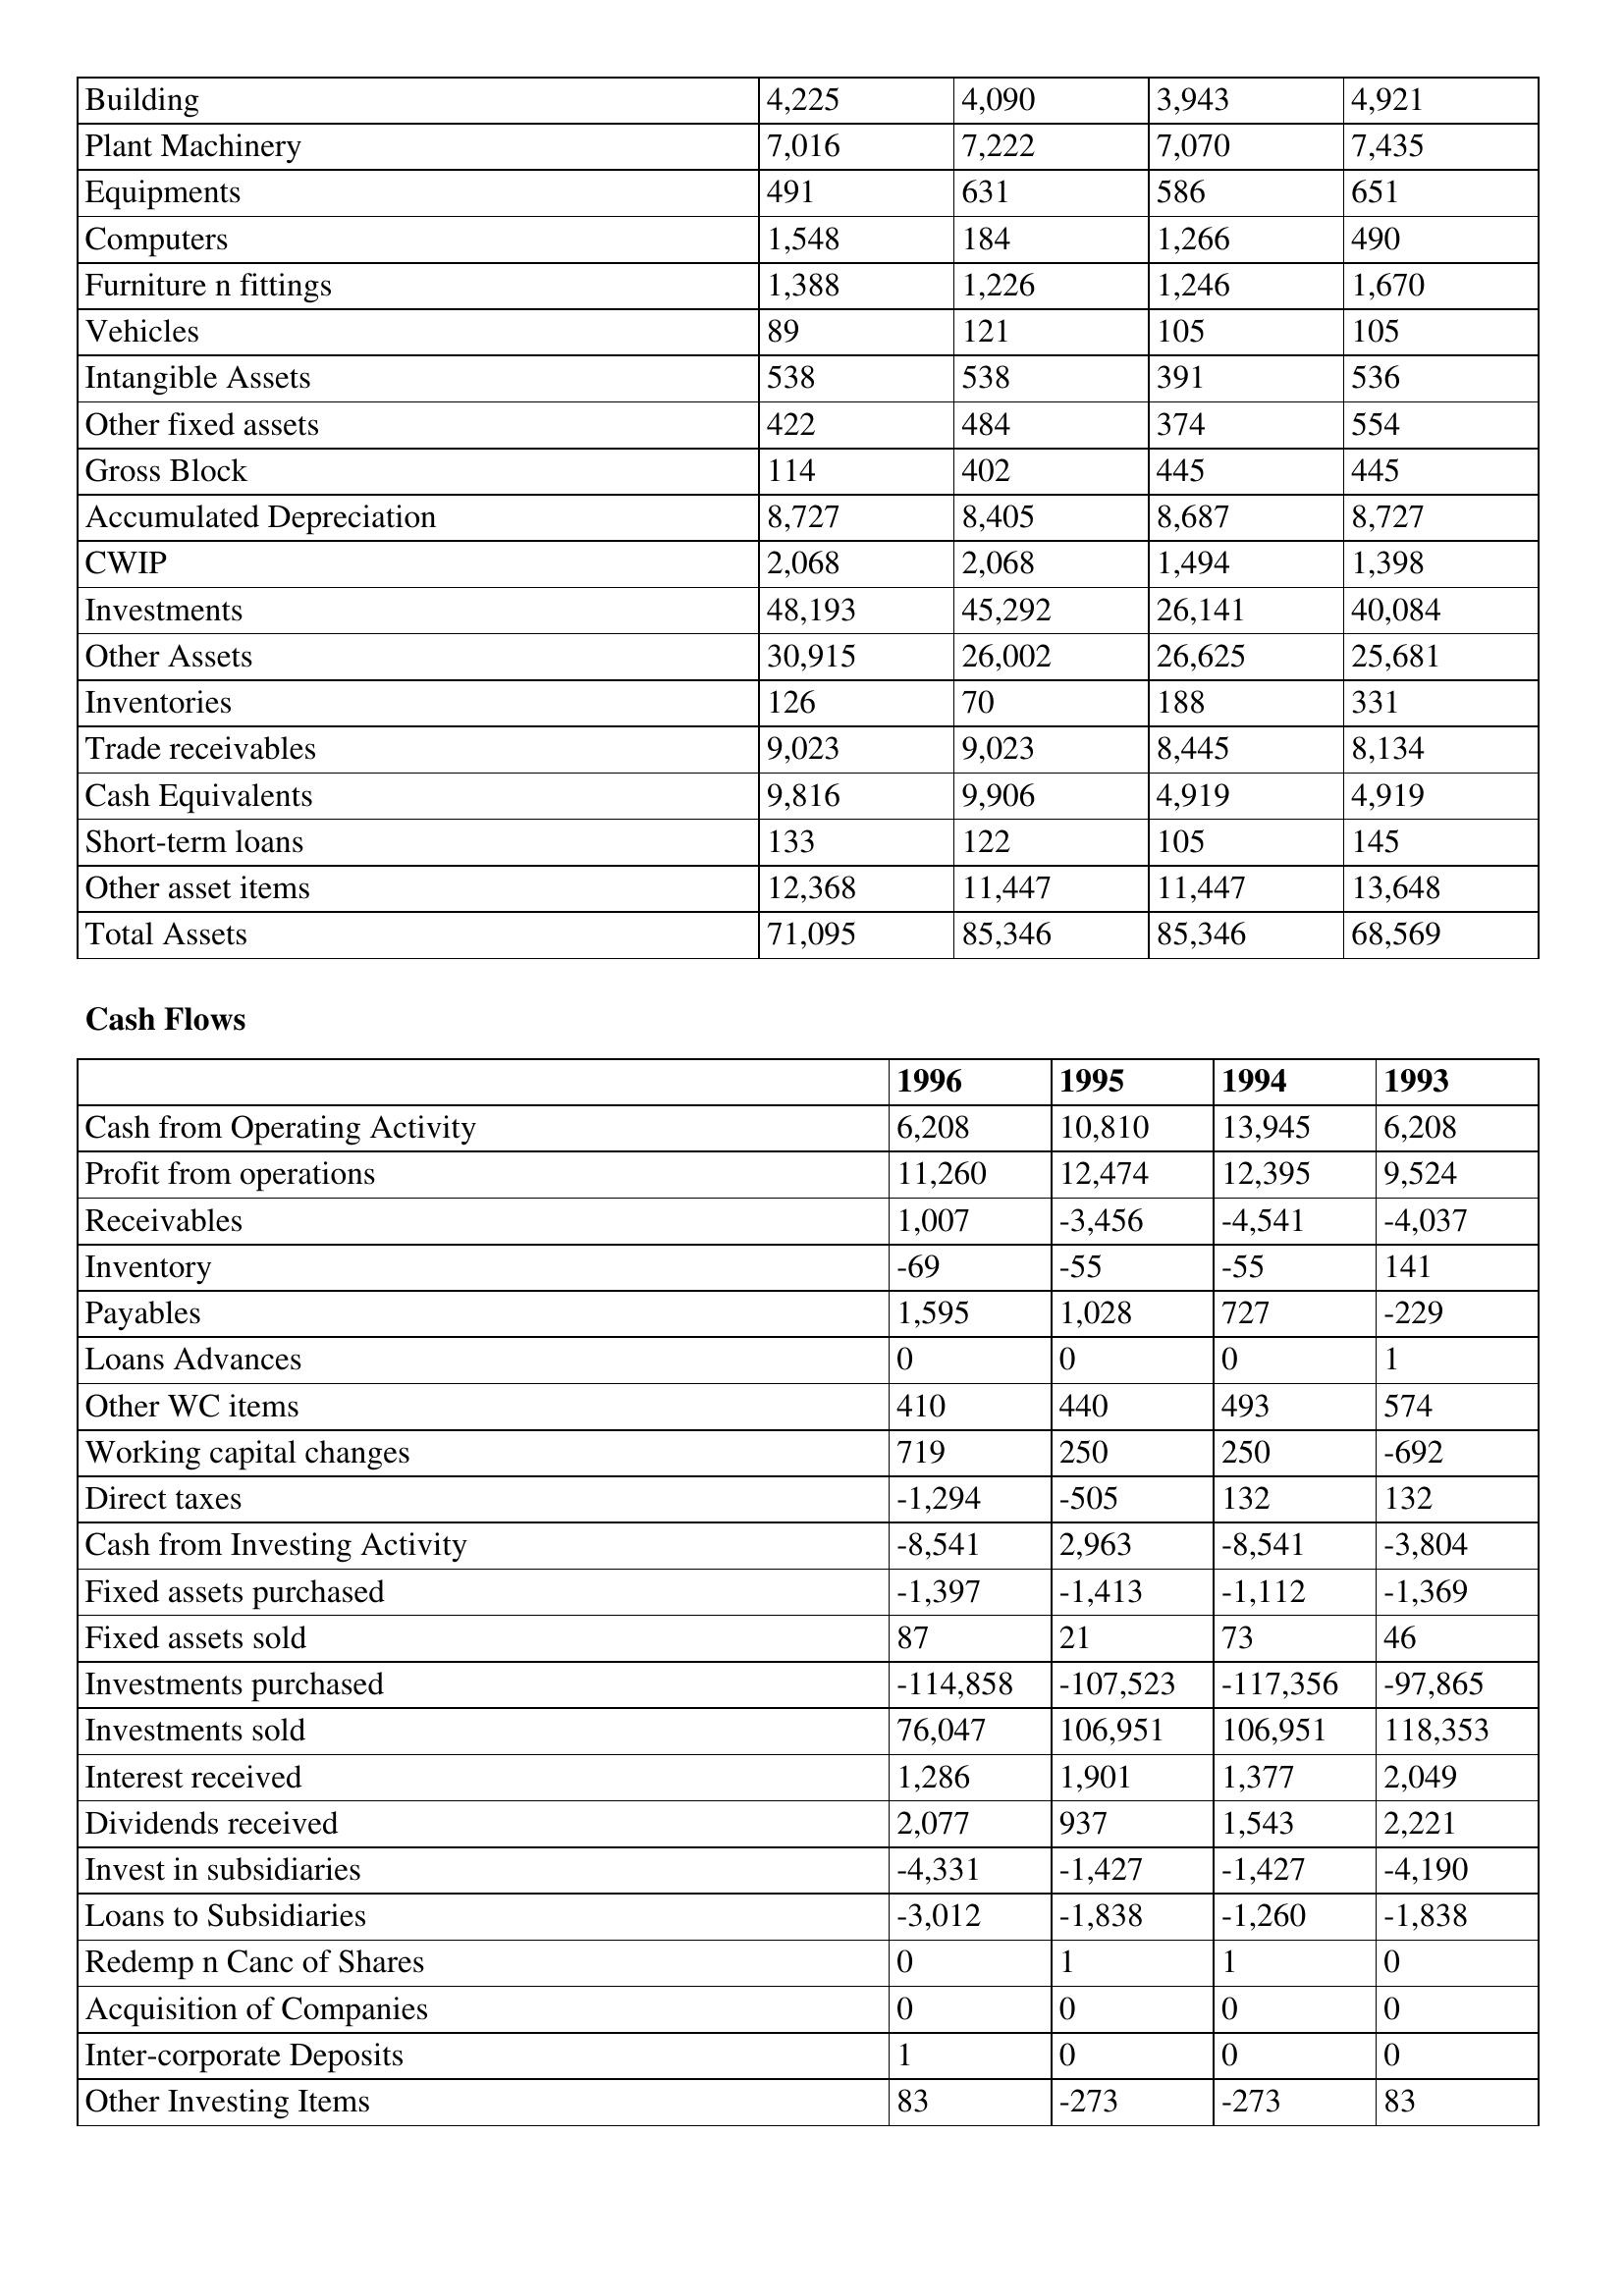
gt_parse: 1996: Balance Sheet: Building: 4,225
Plant Machinery: 7,016
Equipments: 491
Computers: 1,548
Furniture n fittings: 1,388
Vehicles: 89
Intangible Assets: 538
Other fixed assets: 422
Gross Block: 114
Accumulated Depreciation: 8,727
CWIP: 2,068
Investments: 48,193
Other Assets: 30,915
Inventories: 126
Trade receivables: 9,023
Cash Equivalents: 9,816
Short-term loans: 133
Other asset items: 12,368
Total Assets: 71,095
Cash Flows: Cash from Operating Activity: 6,208
Profit from operations: 11,260
Receivables: 1,007
Inventory: -69
Payables: 1,595
Loans Advances: 0
Other WC items: 410
Working capital changes: 719
Direct taxes: -1,294
Cash from Investing Activity: -8,541
Fixed assets purchased: -1,397
Fixed assets sold: 87
Investments purchased: -114,858
Investments sold: 76,047
Interest received: 1,286
Dividends received: 2,077
Invest in subsidiaries: -4,331
Loans to Subsidiaries: -3,012
Redemp n Canc of Shares: 0
Acquisition of Companies: 0
Inter-corporate Deposits: 1
Other Investing Items: 83
1995: Balance Sheet: Building: 4,090
Plant Machinery: 7,222
Equipments: 631
Computers: 184
Furniture n fittings: 1,226
Vehicles: 121
Intangible Assets: 538
Other fixed assets: 484
Gross Block: 402
Accumulated Depreciation: 8,405
CWIP: 2,068
Investments: 45,292
Other Assets: 26,002
Inventories: 70
Trade receivables: 9,023
Cash Equivalents: 9,906
Short-term loans: 122
Other asset items: 11,447
Total Assets: 85,346
Cash Flows: Cash from Operating Activity: 10,810
Profit from operations: 12,474
Receivables: -3,456
Inventory: -55
Payables: 1,028
Loans Advances: 0
Other WC items: 440
Working capital changes: 250
Direct taxes: -505
Cash from Investing Activity: 2,963
Fixed assets purchased: -1,413
Fixed assets sold: 21
Investments purchased: -107,523
Investments sold: 106,951
Interest received: 1,901
Dividends received: 937
Invest in subsidiaries: -1,427
Loans to Subsidiaries: -1,838
Redemp n Canc of Shares: 1
Acquisition of Companies: 0
Inter-corporate Deposits: 0
Other Investing Items: -273
1994: Balance Sheet: Building: 3,943
Plant Machinery: 7,070
Equipments: 586
Computers: 1,266
Furniture n fittings: 1,246
Vehicles: 105
Intangible Assets: 391
Other fixed assets: 374
Gross Block: 445
Accumulated Depreciation: 8,687
CWIP: 1,494
Investments: 26,141
Other Assets: 26,625
Inventories: 188
Trade receivables: 8,445
Cash Equivalents: 4,919
Short-term loans: 105
Other asset items: 11,447
Total Assets: 85,346
Cash Flows: Cash from Operating Activity: 13,945
Profit from operations: 12,395
Receivables: -4,541
Inventory: -55
Payables: 727
Loans Advances: 0
Other WC items: 493
Working capital changes: 250
Direct taxes: 132
Cash from Investing Activity: -8,541
Fixed assets purchased: -1,112
Fixed assets sold: 73
Investments purchased: -117,356
Investments sold: 106,951
Interest received: 1,377
Dividends received: 1,543
Invest in subsidiaries: -1,427
Loans to Subsidiaries: -1,260
Redemp n Canc of Shares: 1
Acquisition of Companies: 0
Inter-corporate Deposits: 0
Other Investing Items: -273
1993: Balance Sheet: Building: 4,921
Plant Machinery: 7,435
Equipments: 651
Computers: 490
Furniture n fittings: 1,670
Vehicles: 105
Intangible Assets: 536
Other fixed assets: 554
Gross Block: 445
Accumulated Depreciation: 8,727
CWIP: 1,398
Investments: 40,084
Other Assets: 25,681
Inventories: 331
Trade receivables: 8,134
Cash Equivalents: 4,919
Short-term loans: 145
Other asset items: 13,648
Total Assets: 68,569
Cash Flows: Cash from Operating Activity: 6,208
Profit from operations: 9,524
Receivables: -4,037
Inventory: 141
Payables: -229
Loans Advances: 1
Other WC items: 574
Working capital changes: -692
Direct taxes: 132
Cash from Investing Activity: -3,804
Fixed assets purchased: -1,369
Fixed assets sold: 46
Investments purchased: -97,865
Investments sold: 118,353
Interest received: 2,049
Dividends received: 2,221
Invest in subsidiaries: -4,190
Loans to Subsidiaries: -1,838
Redemp n Canc of Shares: 0
Acquisition of Companies: 0
Inter-corporate Deposits: 0
Other Investing Items: 83